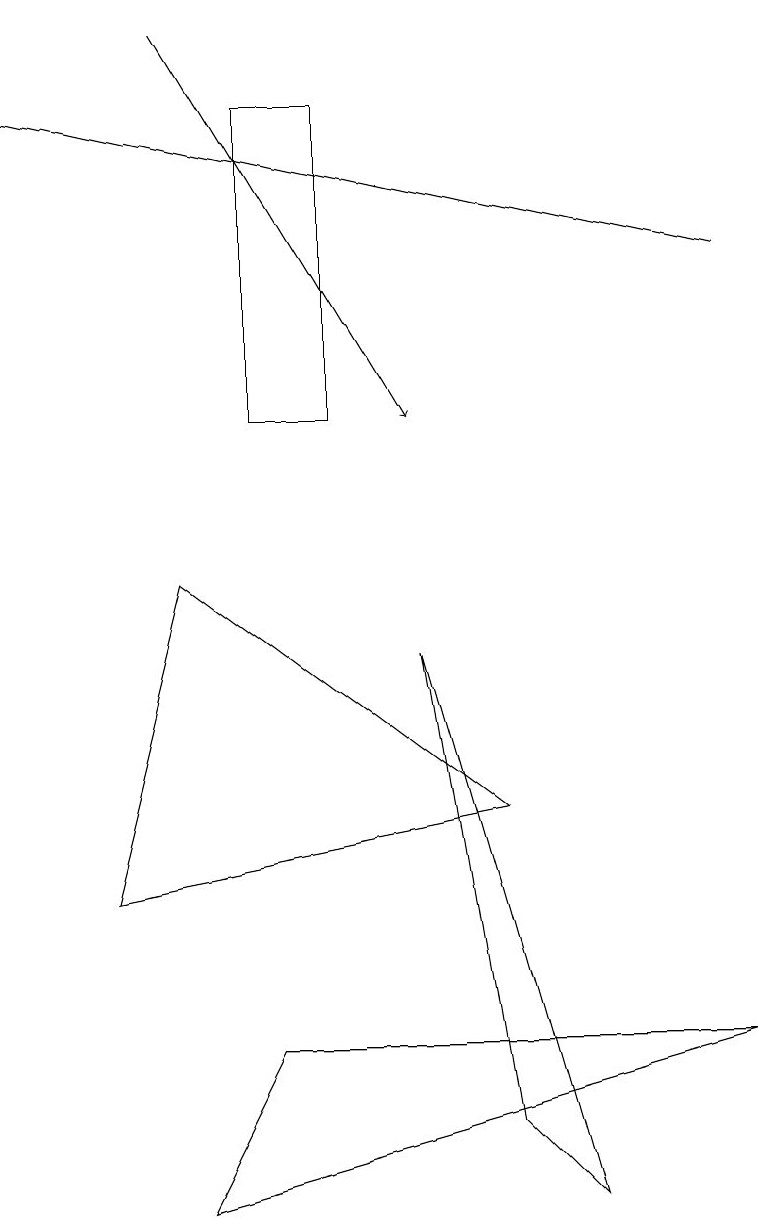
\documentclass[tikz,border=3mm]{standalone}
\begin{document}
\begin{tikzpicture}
\draw[->] (9,13) -- (0,15);
\draw (2,1) -- (9,3) -- (3,3) -- cycle;
\draw (1,5) -- (2,9) -- (6,6) -- cycle;
\draw (3,11) rectangle (4,15);
\draw (6,2) -- (5,8) -- (7,1) -- cycle;
\draw[->] (2,16) -- (5,11);
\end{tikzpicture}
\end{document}